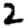
Digit: 2